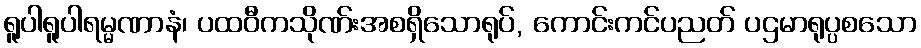
ရူပါရူပါရမ္မဏာနံ၊ ပထဝီကသိုဏ်းအစရှိသောရုပ်, ကောင်းကင်ပညတ် ပဌမာရုပ္ပစသော